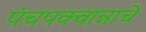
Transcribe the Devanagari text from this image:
पंचपक्वान्नाचे